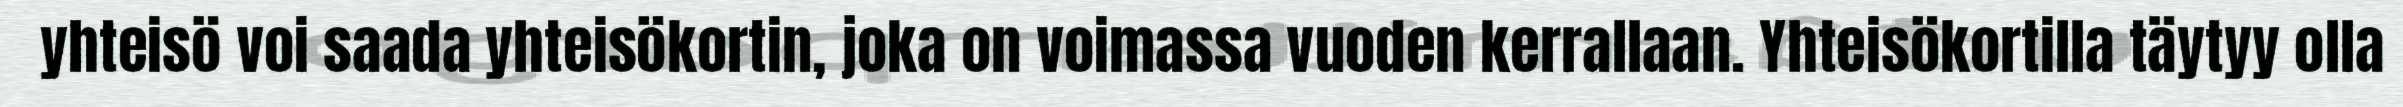
yhteisö voi saada yhteisökortin, joka on voimassa vuoden kerrallaan. Yhteisökortilla täytyy olla